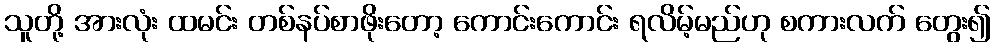
သူတို့ အားလုံး ထမင်း တစ်နပ်စာဖိုးတော့ ကောင်းကောင်း ရလိမ့်မည်ဟု စကားလက် တွေး၍